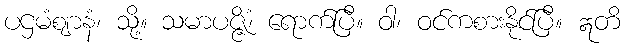
ပဌမံဈာနံ၊ သို့။ သမာပဇ္ဇိံ၊ ရောက်ပြီ။ ဝါ၊ ဝင်ကစားနိုင်ပြီ။ ဣတိ